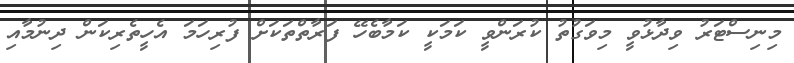
މިނިސްޓަރު ވިދާޅުވީ މިވަގުތު ކުރަންވީ ކަމަކީ ކަމާބެހޭ ފަރާތްތަކަށް ފުރިހަމަ އެހީތެރިކަން ދިނުމާއި